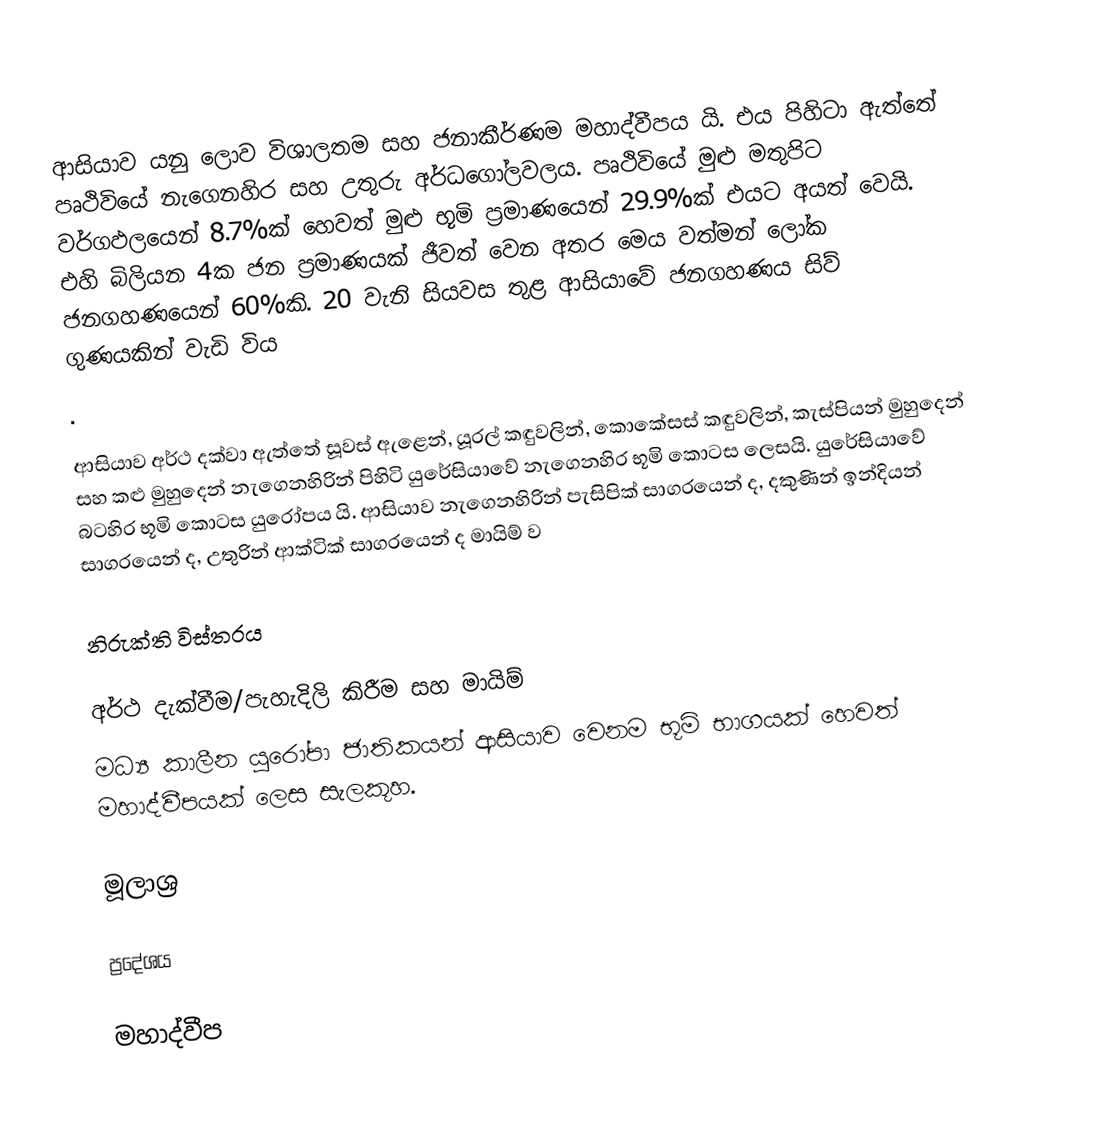
ආසියාව යනු ලොව විශාලතම සහ ජනාකීර්ණම මහාද්වීපය යි. එය පිහිටා ඇත්තේ පෘථිවියේ නැගෙනහිර සහ උතුරු අර්ධගෝලවලය. පෘථිවියේ මුළු මතුපිට වර්ගඵලයෙන් 8.7%ක් හෙවත් මුළු භූමි ප්‍රමාණයෙන් 29.9%ක් එයට අයත් වෙයි. එහි බිලියන 4ක ජන ප්‍රමාණයක් ජීවත් වෙන අතර මෙය වත්මන් ලෝක ජනගහණයෙන් 60%කි. 20 වැනි සියවස තුළ ආසියාවේ ජනගහණය සිව් ගුණයකින් වැඩි විය
.

ආසියාව අර්ථ දක්වා ඇත්තේ සූවස් ඇළෙන්, යූරල් කඳුවලින්, කොකේසස් කඳුවලින්, කැස්පියන් මුහුදෙන් සහ කළු මුහුදෙන් නැගෙනහිරින් පිහිටි යුරේසියාවේ නැගෙනහිර භූමි කොටස ලෙසයි. යුරේසියාවේ බටහිර භූමි කොටස යුරෝපය යි. ආසියාව නැගෙනහිරින් පැසිපික් සාගරයෙන් ද, දකුණින් ඉන්දියන් සාගරයෙන් ද, උතුරින් ආක්ටික් සාගරයෙන් ද මායිම් ව

නිරුක්ති විස්තරය

අර්ථ දැක්වීම/පැහැදිලි කිරීම සහ මායිම්
මධ්‍ය කාලීන යුරෝපා ජාතිකයන් ආසියාව වෙනම භූමි භාගයක් හෙවත් මහාද්වීපයක් ලෙස සැලකූහ.

මූලාශ්‍ර

ප්‍රදේශය

මහාද්වීප